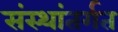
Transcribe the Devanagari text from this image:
संस्थांतर्गत